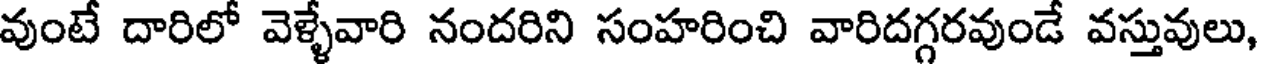
వుంటే దారిలో వెళ్ళేవారి నందరిని సంహరించి వారిదగ్గరవుండే వస్తువులు,